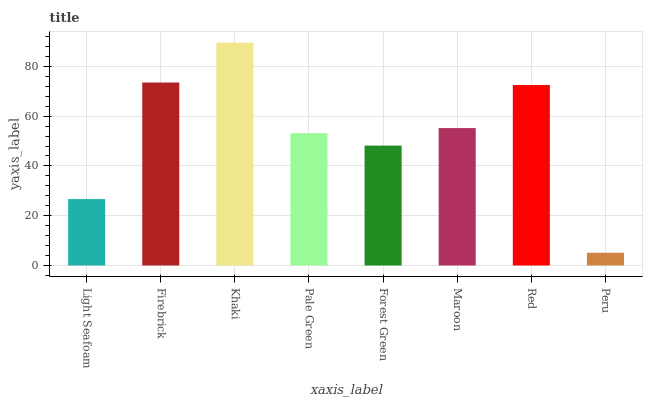
| xaxis_label | bars |
 | --- | --- |
 | Light Seafoam | 26.7 |
 | Firebrick | 73.5 |
 | Khaki | 89.5 |
 | Pale Green | 53.1 |
 | Forest Green | 48.2 |
 | Maroon | 55.2 |
 | Red | 72.5 |
 | Peru | 5.12 |